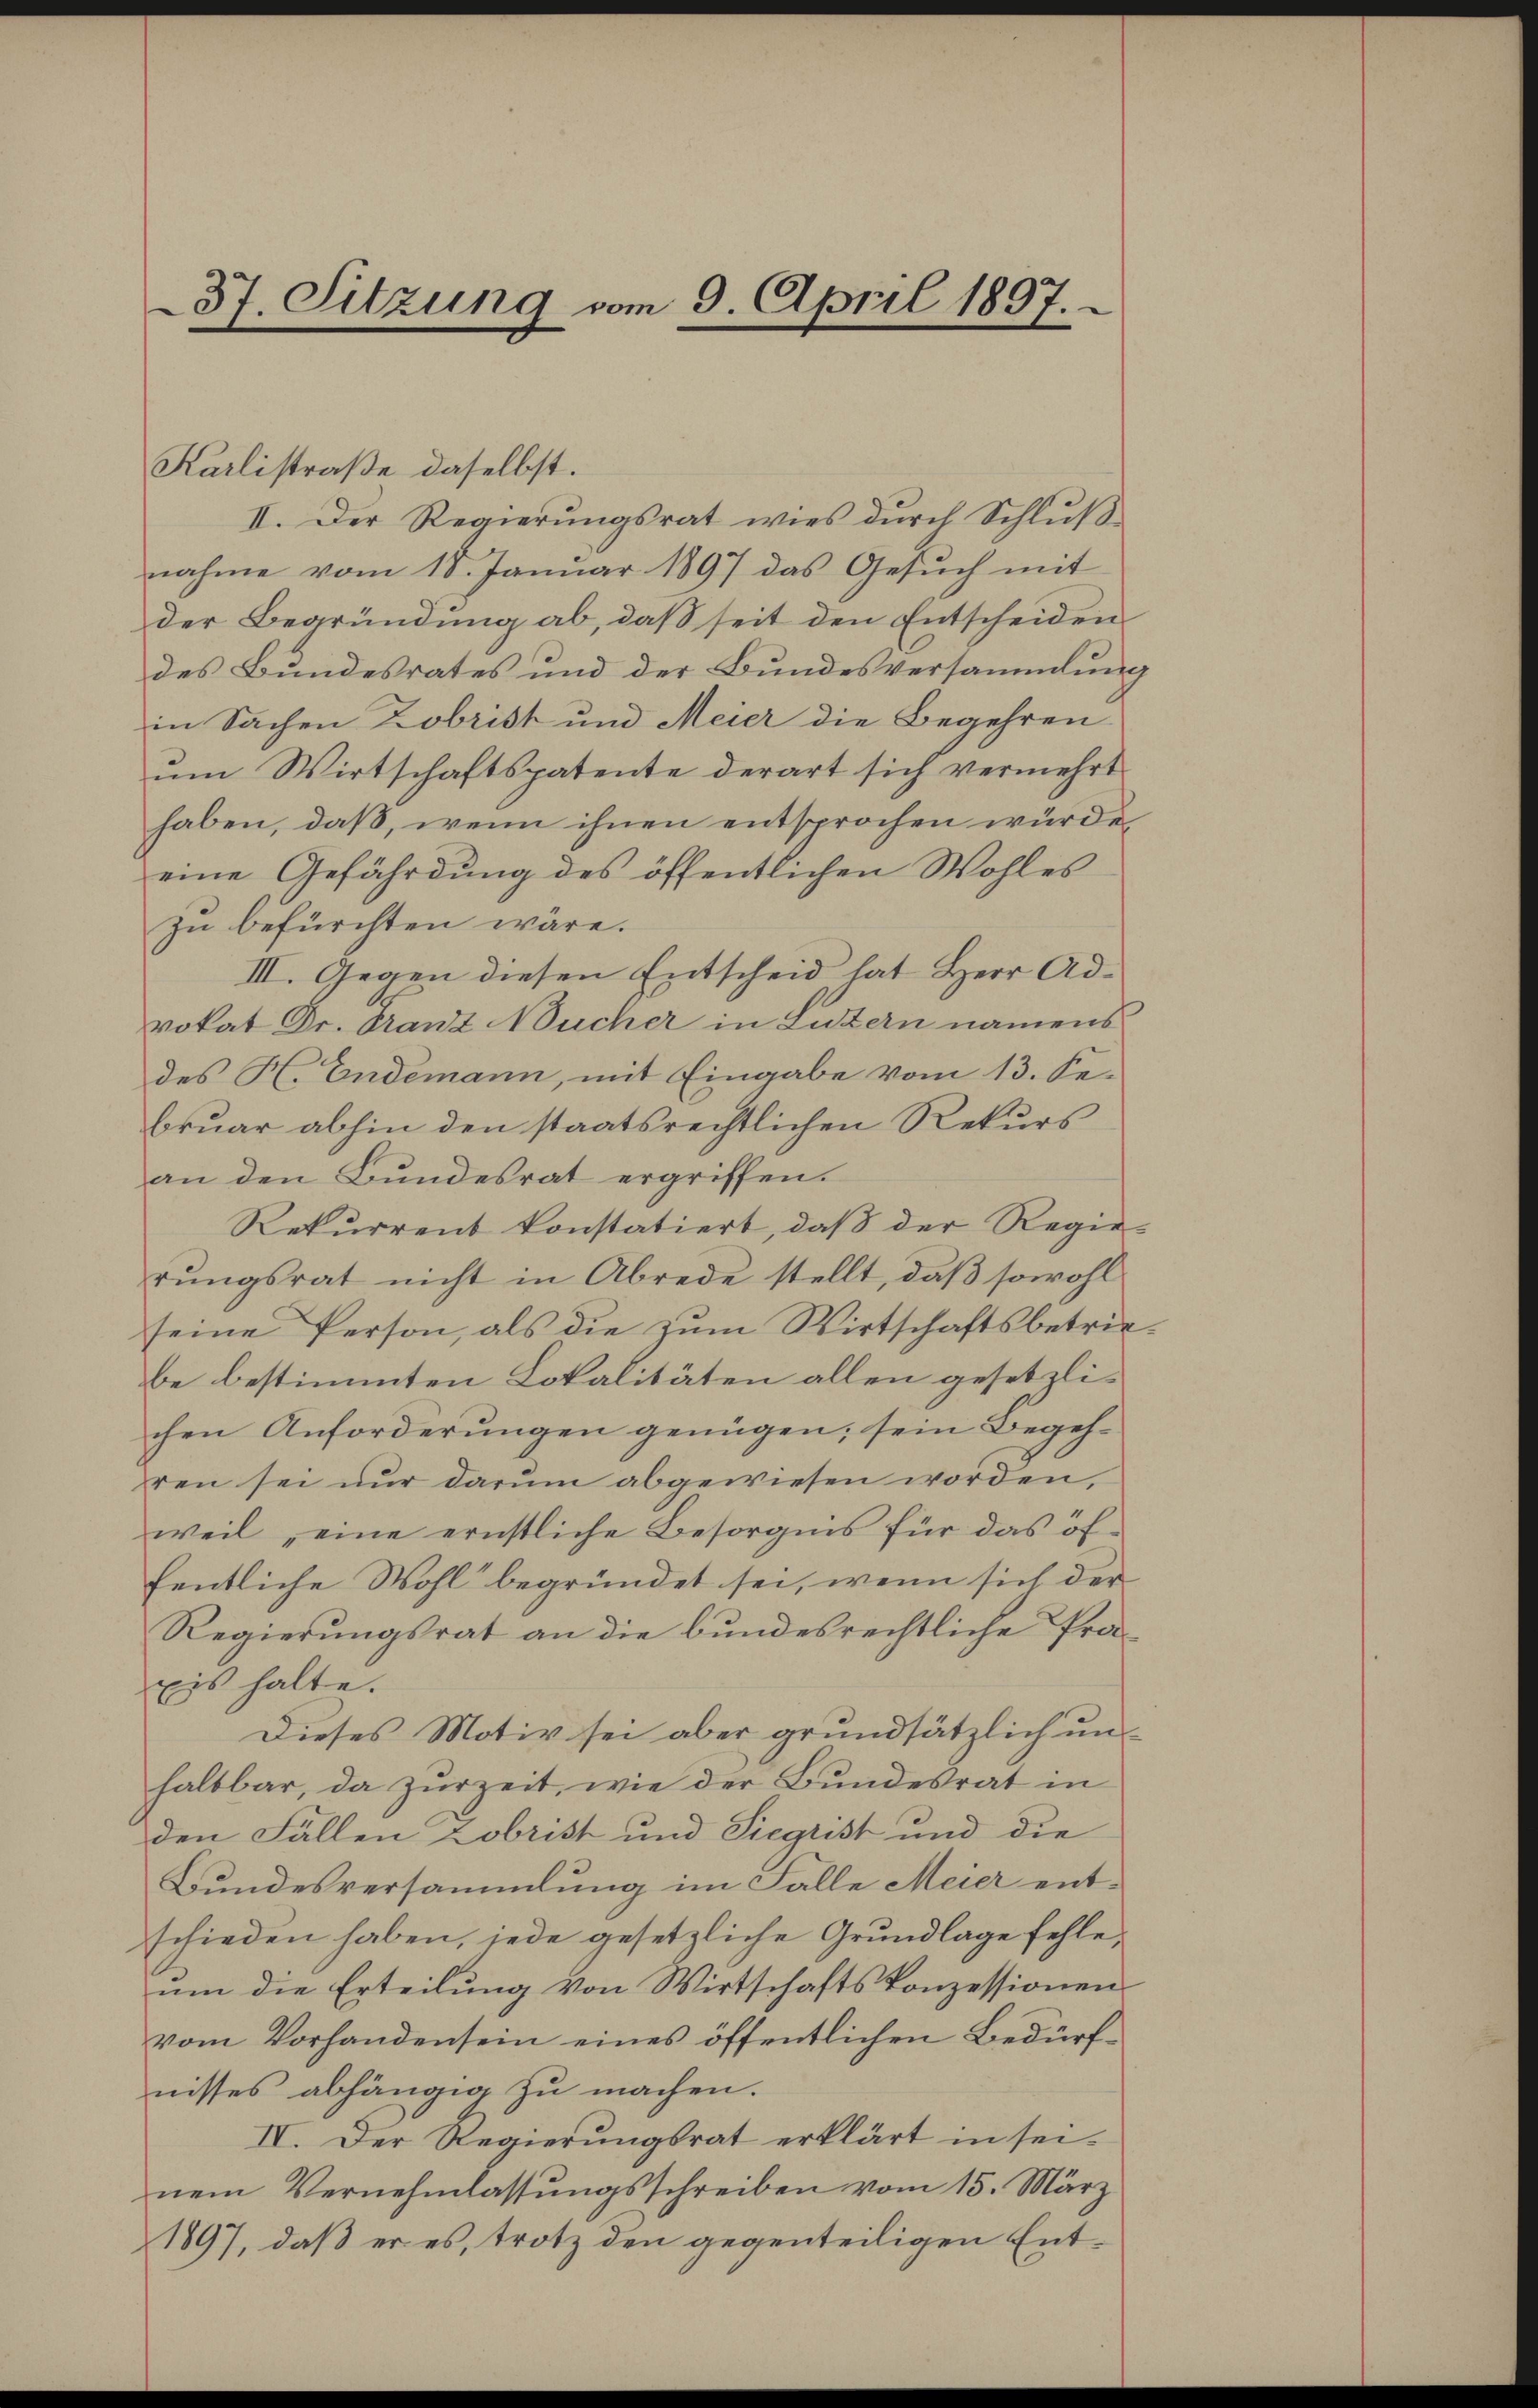
37. Sitzung vom 9. April 1897.

Karlistraße daselbst.
II. Der Regierŭngsrat wies dŭrch Schlŭβ
nahme vom 18. Januar 1897 das Gesuch mit
der Begründung ab, daß seit den Entscheiden
des Bundesrates und der Bundesversammlung
in Sachen Zobrist und Meier die Begehren
ŭm Wirtschaftspatente derart sich vermehrt
haben, daß, wenn ihnen entsprochen würde,
eine Gefährdung des öffentlichen Wohles
zu befürchten wäre.
III. Gegen diesen Entscheid hat Herr Ad-
vokat Dr. Granz Wucher in Luzern namens
des H. Endemann, mit Eingabe vom 13. Se-
bruar abhin den staatsrechtlichen Rekurs
an den Bŭndesrat ergriffen.
Rekŭrrent konstatiert, daβ der Regie-
rŭngsrat nicht in Abrede stellt, daβ sowohl
seine Person, als die zŭm Wirtschaftsbetriebe bestimmten Lokalitäten allen gesetzlichen Anforderungen genügen; sein Begehren sei nŭr darŭm abgewiesen worden,
weil eine ernstliche Besorgnis für das öffentliche Wohl begründet sei, wenn sich der
Regierungsrat an die bundesrechtliche Präxis halte.
Dieses Motiv sei aber grundsätzlich ŭn-
haltbar, da zurzeit, wie der Bundesrat in
den Fällen Zobrist und Siegrist und die
Bundesversammlung im Falle Meier entschieden haben, jede gesetzliche Grundlage fehle,
um die Erteilung von Wirtschaftskonzessionen
vom Vorhandensein eines öffentlichen Bedürfnisses abhängig zu machen.
IV. Der Regierungsrat erklärt in seinem Vernehmlassungsschreiben vom 15. März
1897, daß er es, trotz den gegenteiligen Ent¬